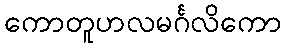
ကောတူဟလမင်္ဂလိကော